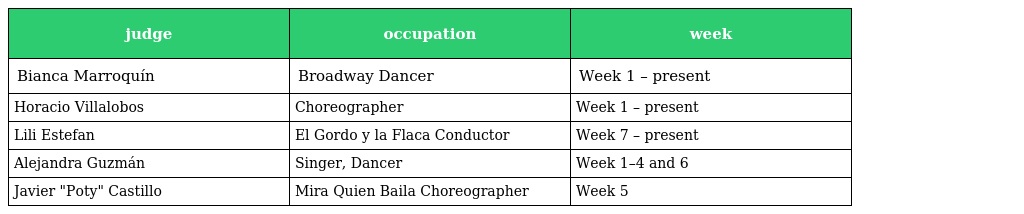
| judge | occupation | week |
 | --- | --- | --- |
 | Bianca Marroquín | Broadway Dancer | Week 1 – present |
 | Horacio Villalobos | Choreographer | Week 1 – present |
 | Lili Estefan | El Gordo y la Flaca Conductor | Week 7 – present |
 | Alejandra Guzmán | Singer, Dancer | Week 1–4 and 6 |
 | Javier "Poty" Castillo | Mira Quien Baila Choreographer | Week 5 |